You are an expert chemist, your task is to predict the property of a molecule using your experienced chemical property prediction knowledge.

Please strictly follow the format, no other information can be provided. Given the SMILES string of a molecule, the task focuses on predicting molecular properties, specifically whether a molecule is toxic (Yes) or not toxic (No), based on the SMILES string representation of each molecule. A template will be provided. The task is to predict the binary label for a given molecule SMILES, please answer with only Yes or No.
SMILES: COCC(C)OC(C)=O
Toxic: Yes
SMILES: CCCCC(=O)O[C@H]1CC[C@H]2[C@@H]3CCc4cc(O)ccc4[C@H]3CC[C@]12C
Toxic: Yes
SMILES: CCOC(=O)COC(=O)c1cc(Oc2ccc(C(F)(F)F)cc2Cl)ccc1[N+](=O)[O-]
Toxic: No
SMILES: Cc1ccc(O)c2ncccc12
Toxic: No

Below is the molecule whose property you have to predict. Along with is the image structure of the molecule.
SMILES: CC(Cc1ccc(O)cc1)NCC(O)c1cc(O)cc(O)c1
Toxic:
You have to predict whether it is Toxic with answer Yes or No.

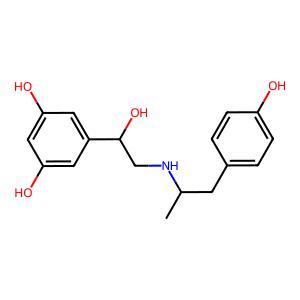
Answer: No